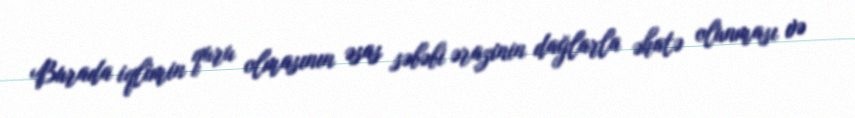
Burada iqlimin quru olmasının əsas səbəbi ərazinin dağlarla əhatə olunması və